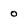
Character: 0